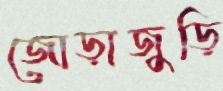
জোড়াজুড়ি